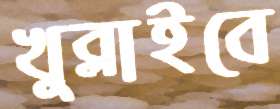
খুব্‌লাইবে